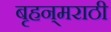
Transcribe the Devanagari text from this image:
बृहन्‌मराठी